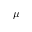
\mu